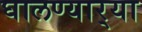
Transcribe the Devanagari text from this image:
घालण्यार्‍या